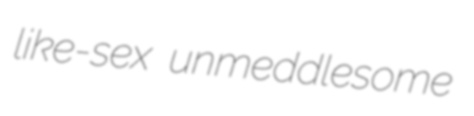
like-sex unmeddlesome